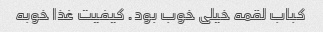
کباب لقمه خیلی خوب بود. کیفیت غذا خوبه